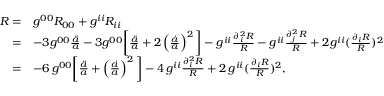
\begin{array} { r l } { R = } & { g ^ { 0 0 } R _ { 0 0 } + g ^ { i i } R _ { i i } } \\ { = } & { - 3 g ^ { 0 0 } \frac { \ddot { a } } { a } - 3 g ^ { 0 0 } \bigg [ \frac { \ddot { a } } { a } + 2 \left( \frac { \dot { a } } { a } \right) ^ { 2 } \bigg ] - g ^ { i i } \frac { \partial _ { i } ^ { 2 } R } { R } - g ^ { i i } \frac { \partial _ { j } ^ { 2 } R } { R } + 2 g ^ { i i } ( \frac { \partial _ { i } R } { R } ) ^ { 2 } } \\ { = } & { - 6 \, g ^ { 0 0 } \bigg [ \frac { \ddot { a } } { a } + \left( \frac { \dot { a } } { a } \right) ^ { 2 } \bigg ] - 4 \, g ^ { i i } \frac { \partial _ { i } ^ { 2 } R } { R } + 2 \, g ^ { i i } ( \frac { \partial _ { i } R } { R } ) ^ { 2 } , } \end{array}